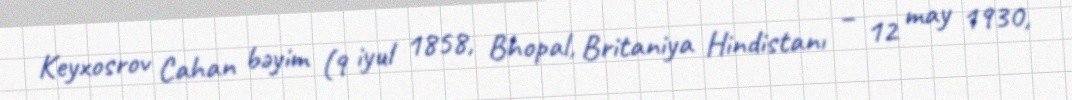
Keyxosrov Cahan bəyim (9 iyul 1858, Bhopal, Britaniya Hindistanı – 12 may 1930,